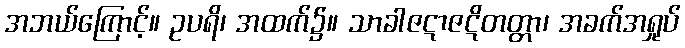
အဘယ်ကြောင့်။ ဥပရိ၊ အထက်၌။ သာခါဇဋာဇဋိတတ္တာ၊ အခက်အရှုပ်